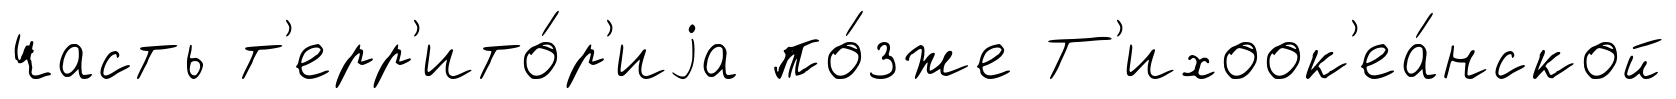
часть т'ерр'ито́р'иjа по́зже Т'ихоок'еа́нской